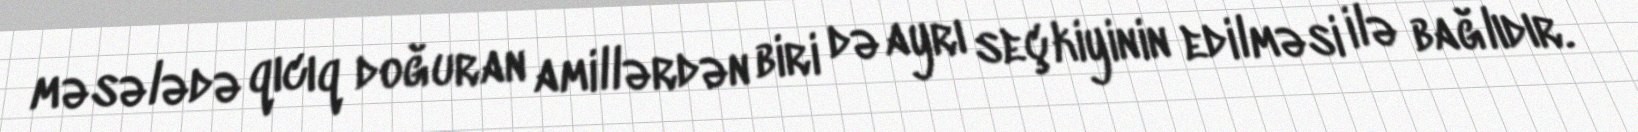
məsələdə qıcıq doğuran amillərdən biri də ayrı seçkiyinin edilməsi ilə bağlıdır.